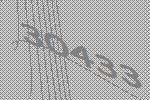
30433